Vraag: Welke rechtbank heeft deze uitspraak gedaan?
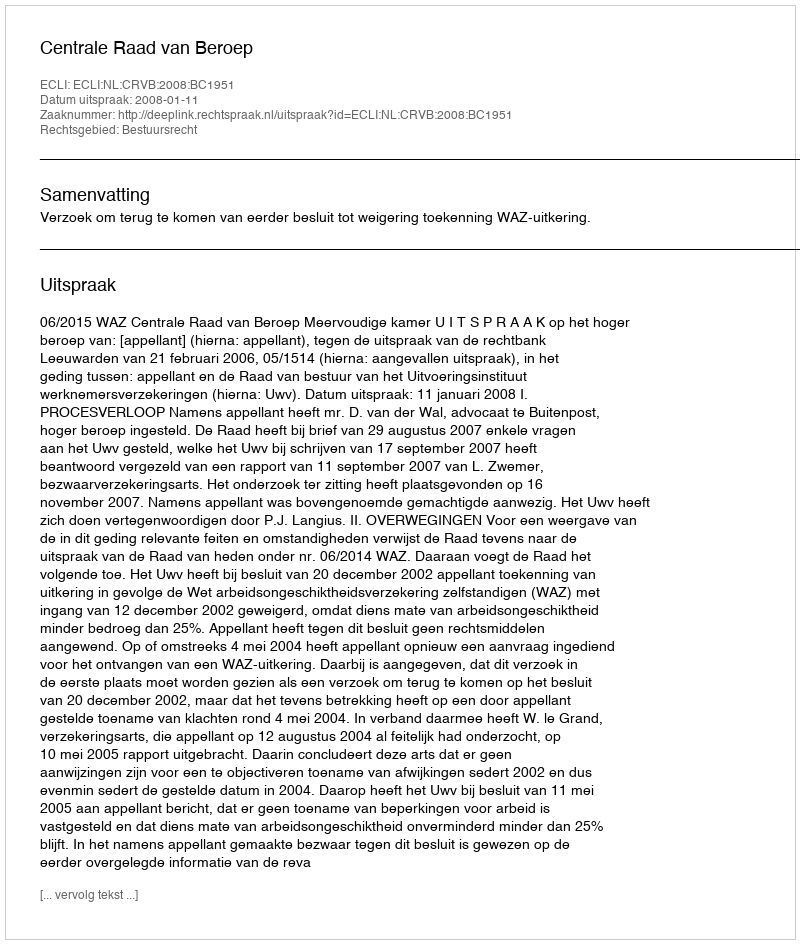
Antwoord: Centrale Raad van Beroep